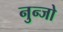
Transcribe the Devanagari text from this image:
नुन्जो